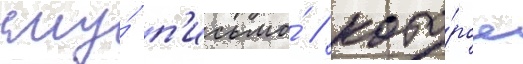
ему́ п'исьмо́ / кото́рое